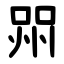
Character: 喌